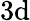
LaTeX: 3\mathrm{d}